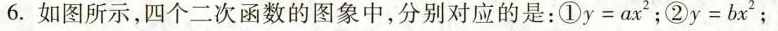
6.如图所示，四个二次函数的图象中，分别对应的是：①y=ax^{2}②y=bx^{2}；